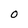
Character: 0